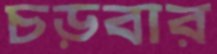
চড়বার